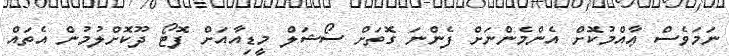
ނަމަވެސް ޢާއްމުކޮށް އެންމެންނަށް ފެންނަ ގޮތަށް ސޯޝަލް މީޑިއާއަށް ފޮޓޯ ދޫކޮށްލުމުން އެތައް